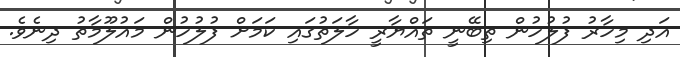
އަދި މިހާރު ފުލުހުން ތިބޭނީ ތައްޔާރީ ހާލަތުގައި ކަމަށް ފުލުހުން މައުލޫމާތު ދިނެވެ.